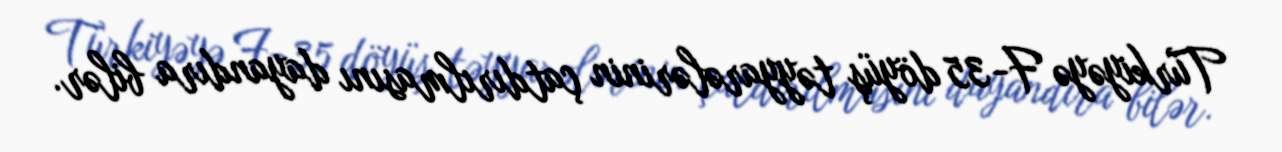
Türkiyəyə F-35 döyüş təyyarələrinin çatdırılmasını dayandıra bilər.